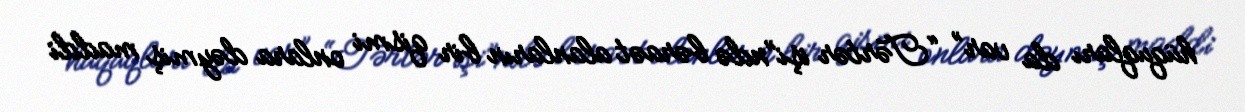
hüquqları da var” “Tərtər işi”ndə bəraət alanların bir qismi onlara dəymiş maddi